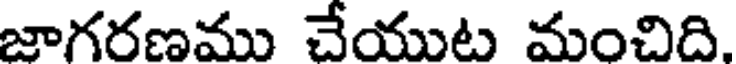
జాగరణము చేయుట మంచిది.